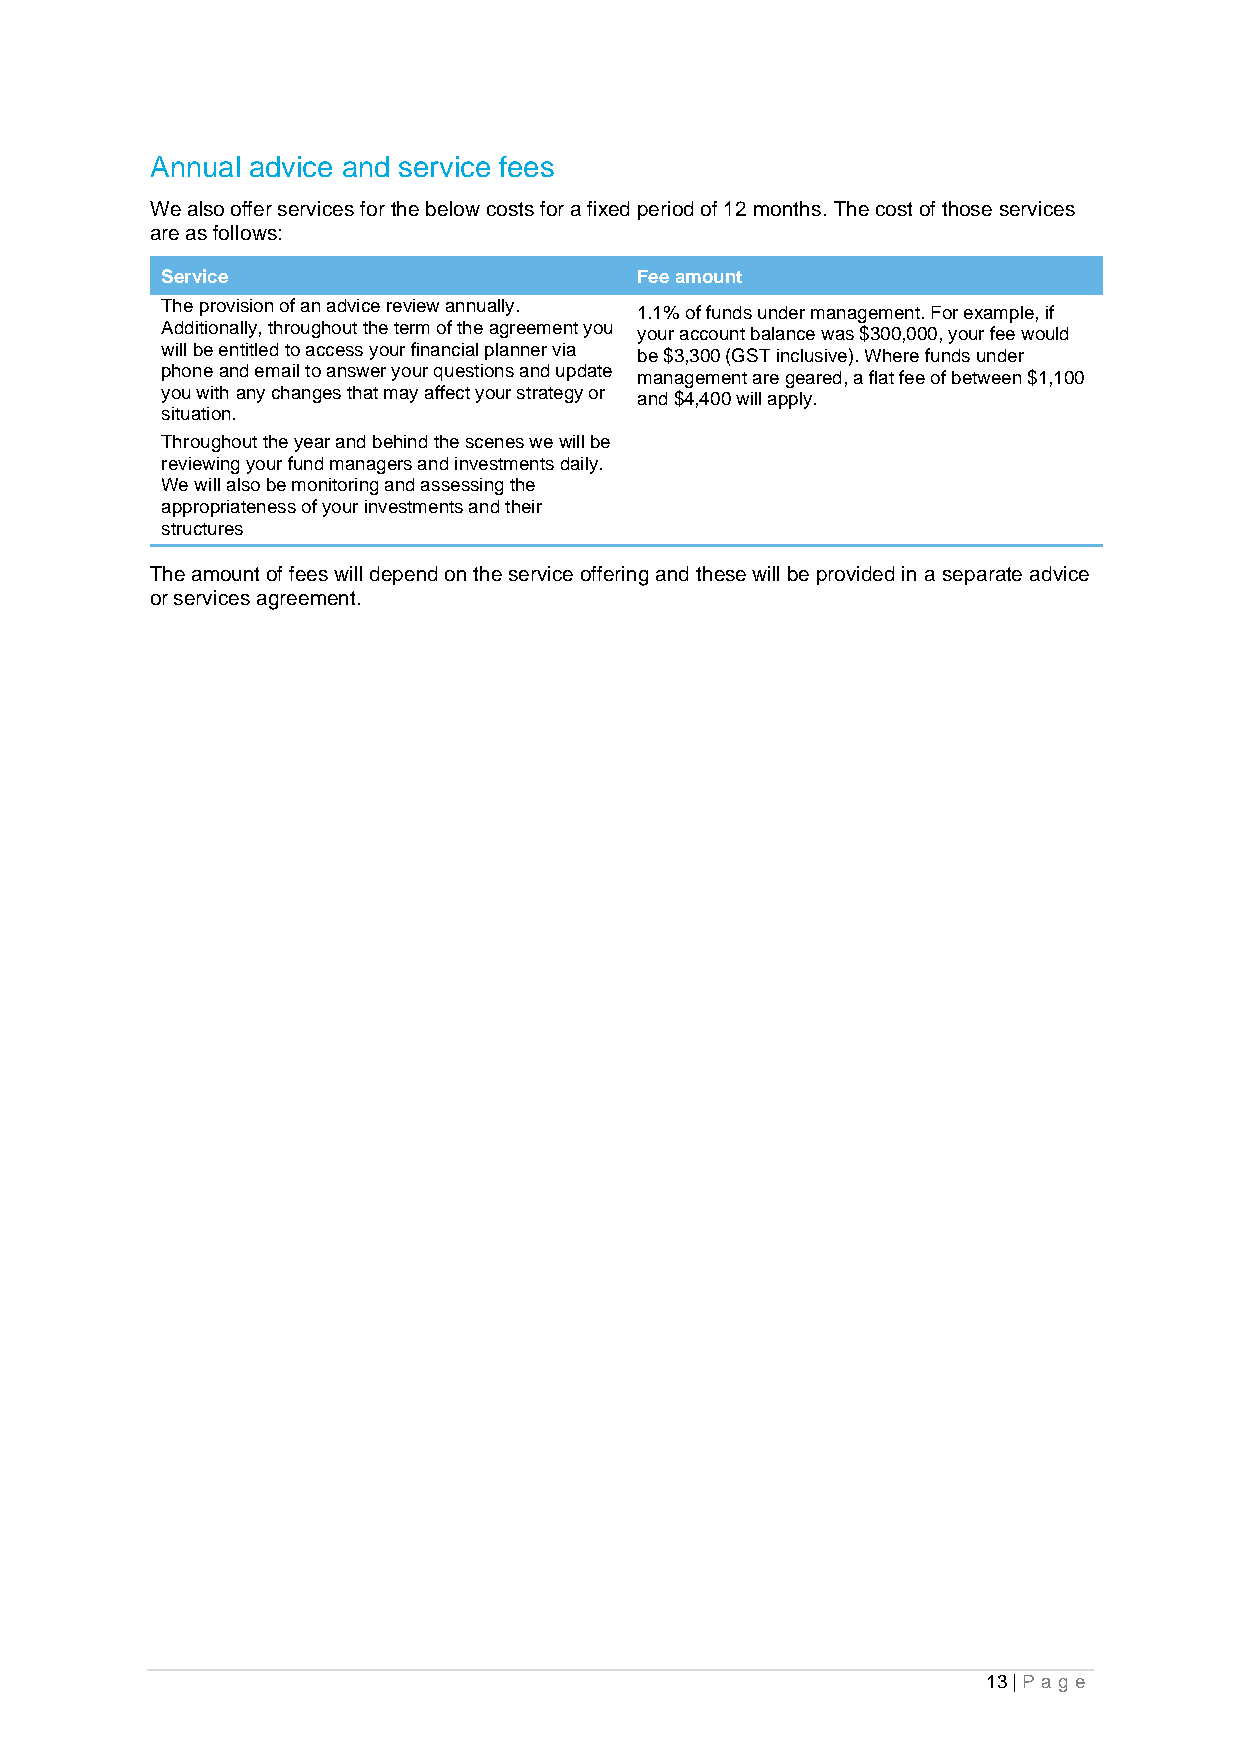
Annual advice and service fees
 We also offer services for the below costs for a fixed period of 12 months. The cost of those services
 are as follows:
 Service                        Fee amount
 The provision of an advice review annually. 1.1% of funds under management. For example, if
 Additionally, throughout the term of the agreement you your account balance was $300,000, your fee would
 will be entitled to access your financial planner via be $3,300 (GST inclusive). Where funds under
 phone and email to answer your questions and update management are geared, a flat fee of between $1,100
 you with any changes that may affect your strategy or and $4,400 will apply.
 situation.
 Throughout the year and behind the scenes we will be
 reviewing your fund managers and investments daily.
 We will also be monitoring and assessing the
 appropriateness of your investments and their
 structures
 The amount of fees will depend on the service offering and these will be provided in a separate advice
 or services agreement.
 13 | Pa g e